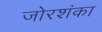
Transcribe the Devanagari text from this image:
जोरशंका